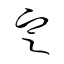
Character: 定